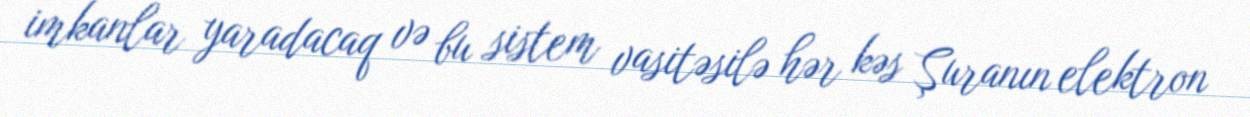
imkanlar yaradacaq və bu sistem vasitəsilə hər kəs Şuranın elektron